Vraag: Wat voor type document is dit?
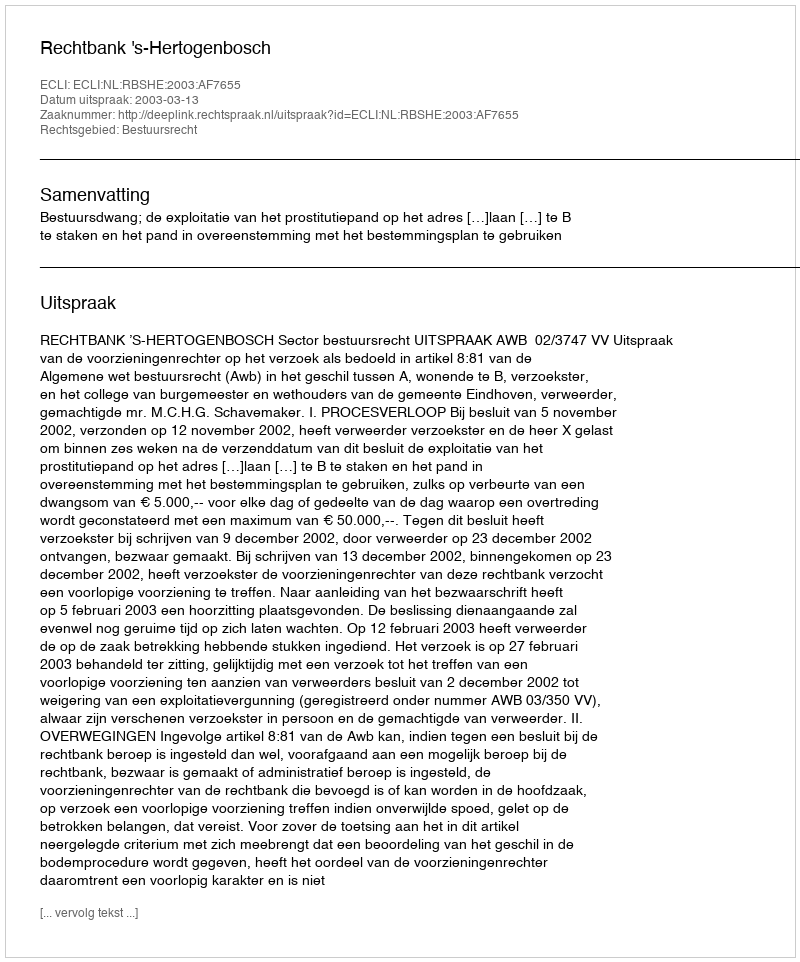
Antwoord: Uitspraak